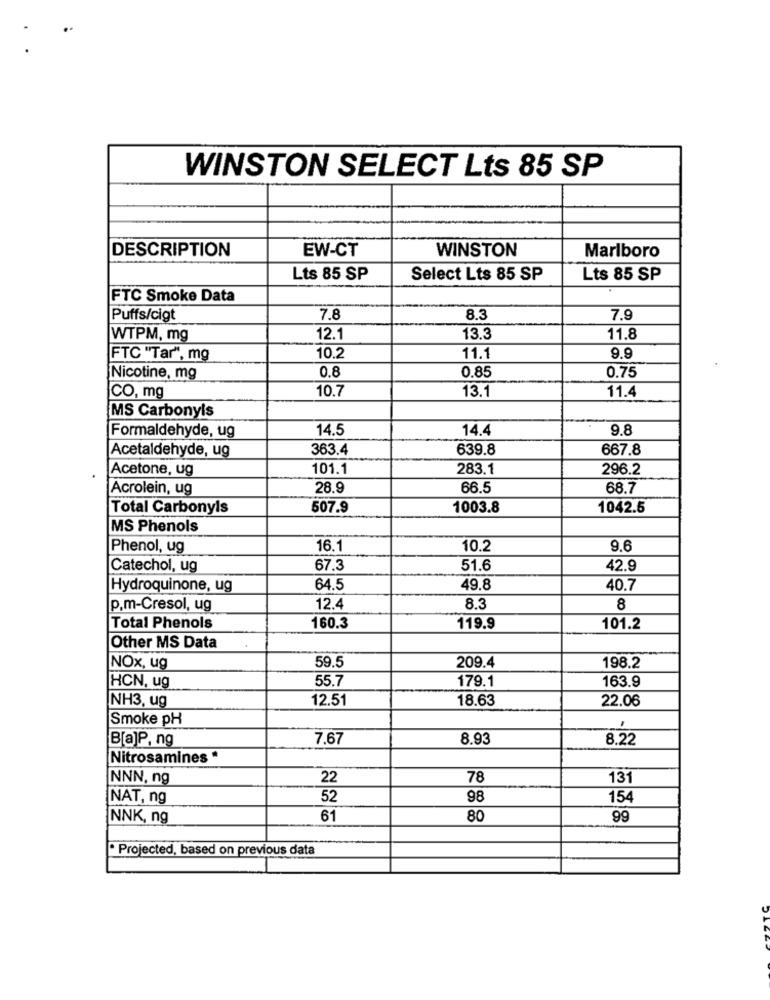
WINSTON SELECT Lts 85 SP
DESCRIPTION
EW-CT
WINSTON
Marlboro
Lts 85 SP
Select Lts 85 SP
Lts 85 SP
FTC Smoke Data
Puffs/cigt
7.8
8.3
7.9
WTPM, mg
12.1
13.3
11.8
FTC "Tar", mg
10.2
11.1
9.9
0.8
0.75
Nicotine, mg
0.85
10.7
13.1
11.4
CO, mg
MS Carbonyls
14.5
14.4
9.8
Formaldehyde, ug
Acetaldehyde, ug
363.4
639.8
667.8
Acetone, ug
101.1
283.1
296.2
Acrolein, ug
28.9
66.5
68.7
Total Carbonyls
507.9
1003.8
1042.5
MS Phenols
Phenol, ug
16.1
10.2
9.6
Catechol, ug
67.3
51.6
42.9
Hydroquinone, ug
64.5
49.8
40.7
p.m-Cresol, ug
12.4
8.3
8
Total Phenols
160.3
119.9
101.2
Other MS Data
59.5
209.4
NOx, ug
198.2
HCN, ug
55.7
179.1
163.9
NH3, ug
12.51
18.63
22.06
Smoke pH
B[a]P, ng
7.67
8.93
8.22
Nitrosamines *
NNN, ng
22
78
131
NAT, ng
52
98
154
NNK, ng
61
80
99
· Projected, based on previous data